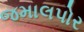
જમાલપોર